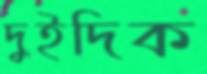
দুইদিক